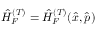
\hat { H } _ { F } ^ { ( T ) } = \hat { H } _ { F } ^ { ( T ) } ( \hat { x } , \hat { p } )